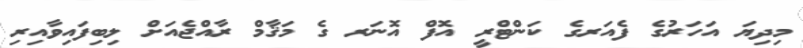
މިދިޔަ އަހަރުގެ ފެއަރގެ ކަންޓްރީ އޮފް އޮނަރ ގެ މަޤާމް ރާއްޖެއަށް ލިބިފައިވާއިރި